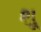
શૂ